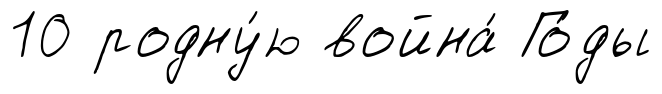
10 родну́ю война́ Го́ды